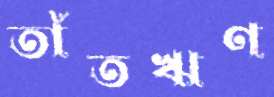
তাঁতঋণ